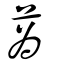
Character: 蒍